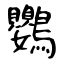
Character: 鸚